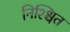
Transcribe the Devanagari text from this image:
निश्श्चित